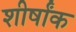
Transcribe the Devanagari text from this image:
शीर्षांक